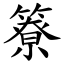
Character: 簝